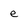
Character: e